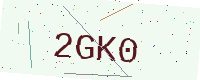
Text: 2GK0